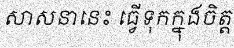
សាសនានេះ ធ្វើទុកក្នុងចិត្ត